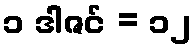
၁ ဒါဇင် = ၁၂